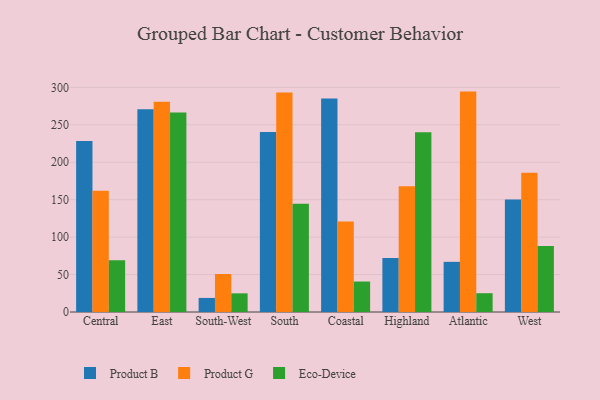
{"axis": {"x": "Region", "y": "LTV (USD)"}, "legend": ["Eco-Device", "Product B", "Product G"], "data": [{"x": "Central", "y": 228.3, "type": "Product B"}, {"x": "Central", "y": 162.0, "type": "Product G"}, {"x": "Central", "y": 69.1, "type": "Eco-Device"}, {"x": "East", "y": 270.7, "type": "Product B"}, {"x": "East", "y": 280.7, "type": "Product G"}, {"x": "East", "y": 266.4, "type": "Eco-Device"}, {"x": "South-West", "y": 18.8, "type": "Product B"}, {"x": "South-West", "y": 50.8, "type": "Product G"}, {"x": "South-West", "y": 24.9, "type": "Eco-Device"}, {"x": "South", "y": 240.5, "type": "Product B"}, {"x": "South", "y": 293.3, "type": "Product G"}, {"x": "South", "y": 144.7, "type": "Eco-Device"}, {"x": "Coastal", "y": 285.3, "type": "Product B"}, {"x": "Coastal", "y": 120.8, "type": "Product G"}, {"x": "Coastal", "y": 40.7, "type": "Eco-Device"}, {"x": "Highland", "y": 72.1, "type": "Product B"}, {"x": "Highland", "y": 168.0, "type": "Product G"}, {"x": "Highland", "y": 240.0, "type": "Eco-Device"}, {"x": "Atlantic", "y": 67.0, "type": "Product B"}, {"x": "Atlantic", "y": 294.4, "type": "Product G"}, {"x": "Atlantic", "y": 25.1, "type": "Eco-Device"}, {"x": "West", "y": 150.3, "type": "Product B"}, {"x": "West", "y": 185.9, "type": "Product G"}, {"x": "West", "y": 88.2, "type": "Eco-Device"}]}